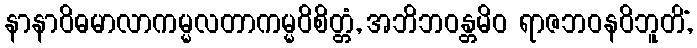
နာနာဝိဓမာလာကမ္မလတာကမ္မဝိစိတ္တံ, အဘိဘဝန္တမိဝ ရာဇဘဝနဝိဘူတိံ,